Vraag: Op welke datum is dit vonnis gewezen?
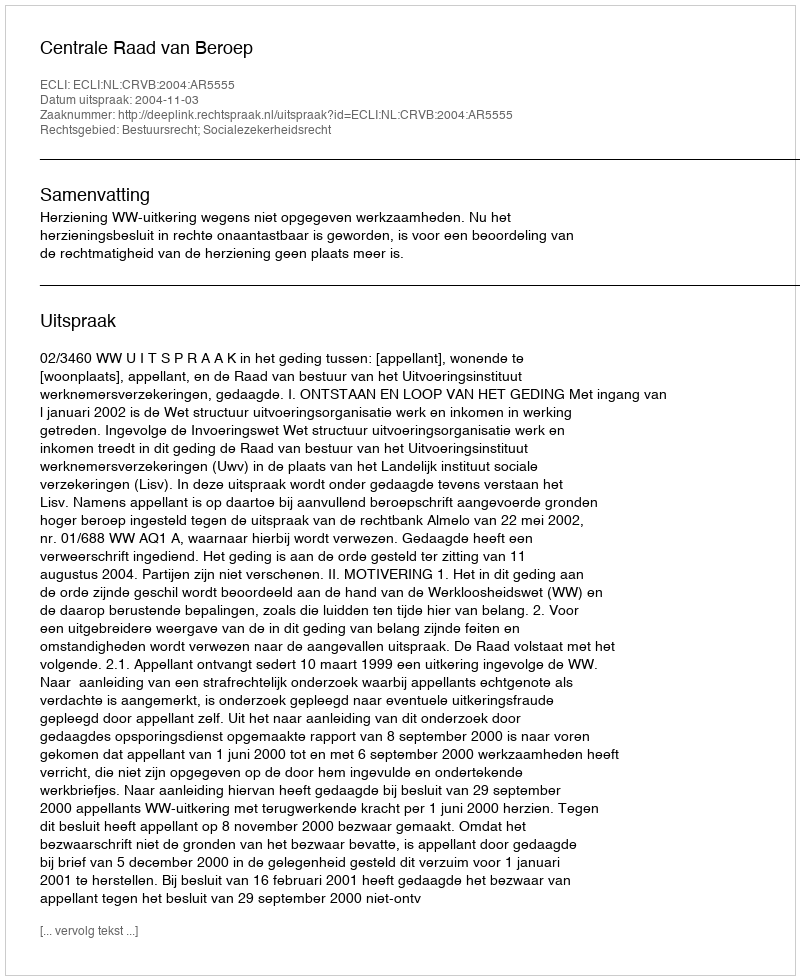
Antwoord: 2004-11-03